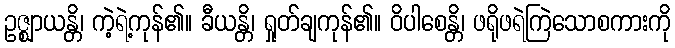
ဥဇ္ဈာယန္တိ၊ ကဲ့ရဲ့ကုန်၏။ ခီယန္တိ၊ ရှုတ်ချကုန်၏။ ဝိပါစေန္တိ၊ ဖရိုဖရဲကြဲသောစကားကို